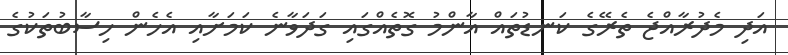
އަދި މެދުރާއްޖެ ތެރޭގެ ކަނޑުތައް އާންމު ގޮތެއްގައި ގަދަވާނެ ކަމަށާއި އެހެން ހިސާބުތަކުގެ